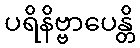
ပရိနိဗ္ဗာပေန္တိ